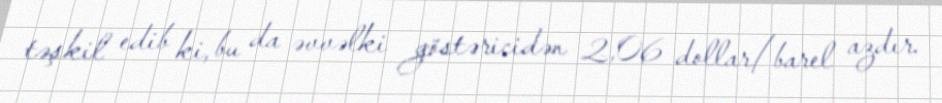
təşkil edib ki, bu da əvvəlki göstəricidən 2,06 dollar/barel azdır.